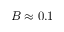
B \approx 0 . 1